Civil Veterinary Department Bengal reports 1933-51 - 1933-1951
Year: 1933
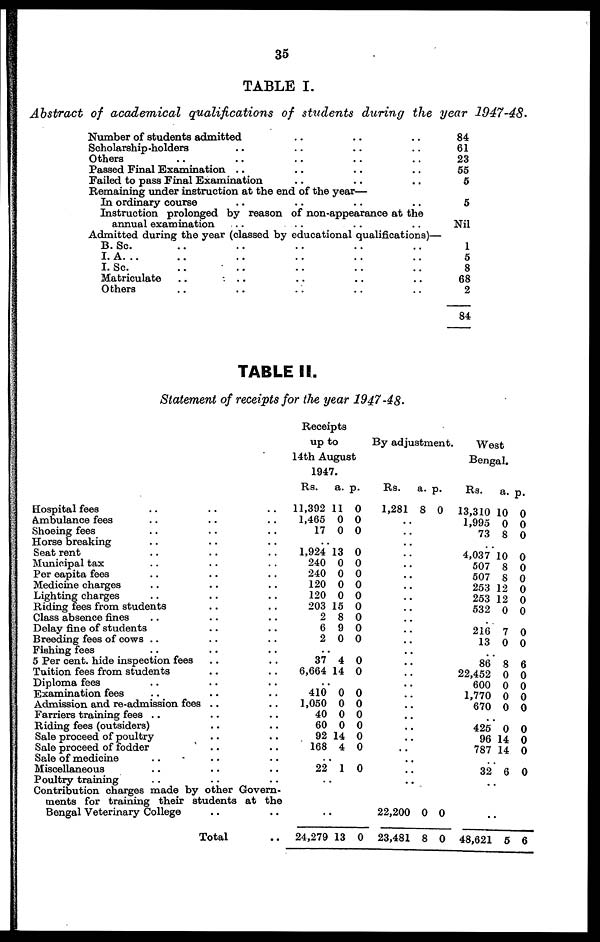
35
TABLE I.
Abstract
of academical
qualifications
of students
during
the year
1947-48.
Number of students admitted .. .. ..
Scholarship-holders .. .. .. ..
Others .. .. .. .. ..
Passed Final Examination .. .. .. ..
Failed to pass Final Examination .. .. ..
Remaining under instruction at the end of the year—
In ordinary course .. .. .. ..
Instruction prolonged by reason of non-appearance at the
annual examination .. .. .. ..
Admitted during the year (classed by educational qualifications)—
B. Sc. .. .. .. .. ..
I. A. .. .. .. .. .. ..
I. Sc. .. .. .. .. ..
Matriculate .. .. .. .. ..
Others .. .. .. .. ..
84
61
23
55
5
5
Nil
1
5
8
68
2
84
TABLE II.
Statement of receipts for the year 1947-48.
Hospital fees .. .. ..
Ambulance fees .. .. ..
Shoeing fees .. .. ..
Horse breaking .. .. ..
Seat rent .. .. ..
Municipal tax .. .. ..
Per eapita fees .. .. ..
Medicine charges .. .. ..
Lighting charges .. .. ..
Riding fees from students .. ..
Class absence fines .. .. ..
Delay fine of students .. ..
Breeding fees of cows .. .. ..
Fishing fees .. .. ..
5 Per cent. hide inspection fees .. ..
Tuition fees from students .. ..
Diploma fees .. .. ..
Examination fees .. .. ..
Admission and re-admission fees .. ..
Farriers training fees .. .. ..
Riding fees (outsiders) .. ..
Sale proceed of poultry .. ..
Sale proceed of fodder .. ..
Sale of medicine .. .. ..
Miscellaneous .. .. ..
Poultry training .. .. ..
Contribution charges made by other Govern-
ments for training their students at the
Bengal Veterinary College .. ..
Total ..
Receipts
up to
14th August
1947.
Rs.
11,392
1,465
17
..
1,924
240
240
120
120
203
2
6
2
..
37
6,664
..
410
1,050
40
60
92
168
..
22
..
..
24,279
a.
11
0
0
13
0
0
0
0
15
8
9
0
4
14
0
0
0
0
14
4
1
13
p.
0
0
0
0
0
0
0
0
0
0
0
0
0
0
0
0
0
0
0
0
0
0
By adjustment.
Rs.
1,281
..
..
..
..
..
..
..
..
..
..
..
..
..
..
..
..
..
..
..
..
..
..
..
..
..
22,200
23,481
a.
8
0
8
p.
0
0
0
West
Bengal.
Rs.
13,310
1,995
73
..
4,037
507
507
253
253
532
..
216
13
..
86
22,452
600
1,770
670
..
425
96
787
..
32
..
..
48,621
a.
10
0
8
10
8
8
12
12
0
7
0
8
0
0
0
0
0
14
14
6
5
p.
0
0
0
0
0
0
0
0
0
0
0
6
0
0
0
0
0
0
0
0
6